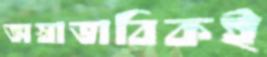
অস্বাভাবিকই